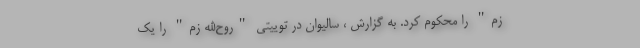
زم" را محکوم کرد. به گزارش ، سالیوان در توییتی "روح‌الله زم" را یک